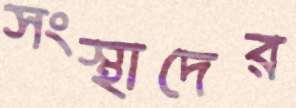
সংস্থাদের